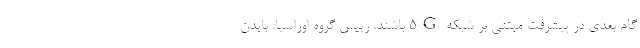
گام بعدی در پیشرفت مبتنی بر شبکه 5G باشند. رییس گروه اوراسیا: بایدن